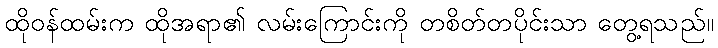
ထိုဝန်ထမ်းက ထိုအရာ၏ လမ်းကြောင်းကို တစိတ်တပိုင်းသာ တွေ့ရသည်။